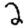
Digit: 2